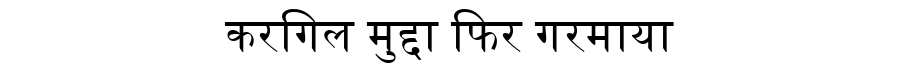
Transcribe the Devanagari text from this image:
करगिल मुद्दा फिर गरमाया